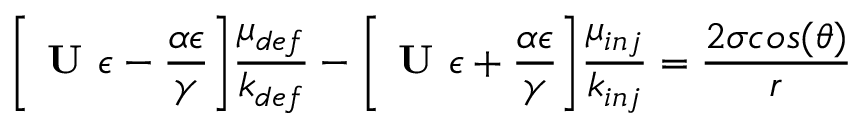
\bigg [ \textbf { U } \epsilon - \frac { \alpha \epsilon } { \gamma } \bigg ] \frac { \mu _ { d e f } } { k _ { d e f } } - \bigg [ \textbf { U } \epsilon + \frac { \alpha \epsilon } { \gamma } \bigg ] \frac { \mu _ { i n j } } { k _ { i n j } } = \frac { 2 \sigma c o s ( \theta ) } { r }